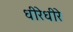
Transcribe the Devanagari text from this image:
धीरेधीरे